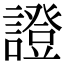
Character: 證